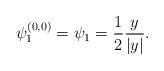
LaTeX: \begin{align*}\psi_{1}^{(0,0)}=\psi_{1}=\frac 12 \frac y{|y|}.\end{align*}